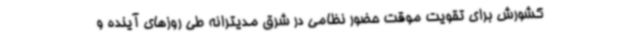
کشورش برای تقویت موقت حضور نظامی در شرق مدیترانه طی روزهای آینده و